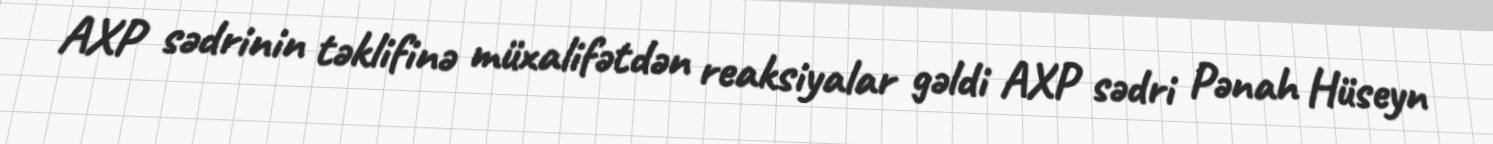
AXP sədrinin təklifinə müxalifətdən reaksiyalar gəldi AXP sədri Pənah Hüseyn